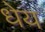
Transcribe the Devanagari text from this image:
धेय